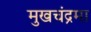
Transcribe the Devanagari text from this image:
मुखचंद्रमा